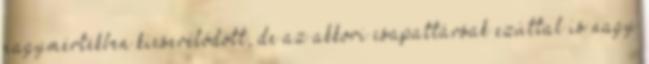
nagymértékben kicserélődött, de az akkori csapattársak ezúttal is nagy